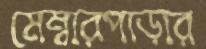
মেম্বারপাড়ার